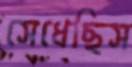
সেধেছিস